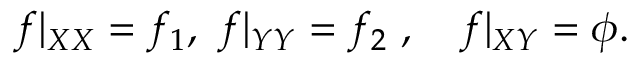
f | _ { X \o X } = f _ { 1 } , \ f | _ { Y \o Y } = f _ { 2 } \ , \quad f | _ { X \o Y } = \phi .